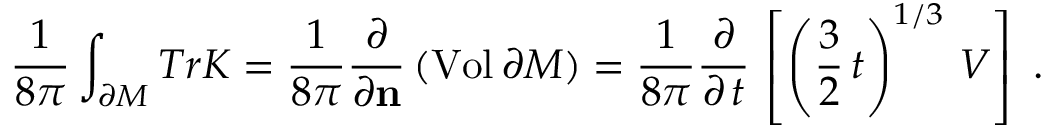
\frac { 1 } { 8 \pi } \int _ { \partial { \cal M } } T r { \cal K } = \frac { 1 } { 8 \pi } \frac { \partial } { \partial { \bf n } } \, ( \mathrm { V o l } \, \partial { \cal M } ) = \frac { 1 } { 8 \pi } \frac { \partial } { \partial \, t } \, \left[ \left( \frac { 3 } { 2 } \, t \right) ^ { 1 / 3 } \, { \cal V } \right] \ .